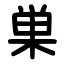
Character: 巣